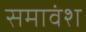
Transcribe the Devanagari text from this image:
समावंश